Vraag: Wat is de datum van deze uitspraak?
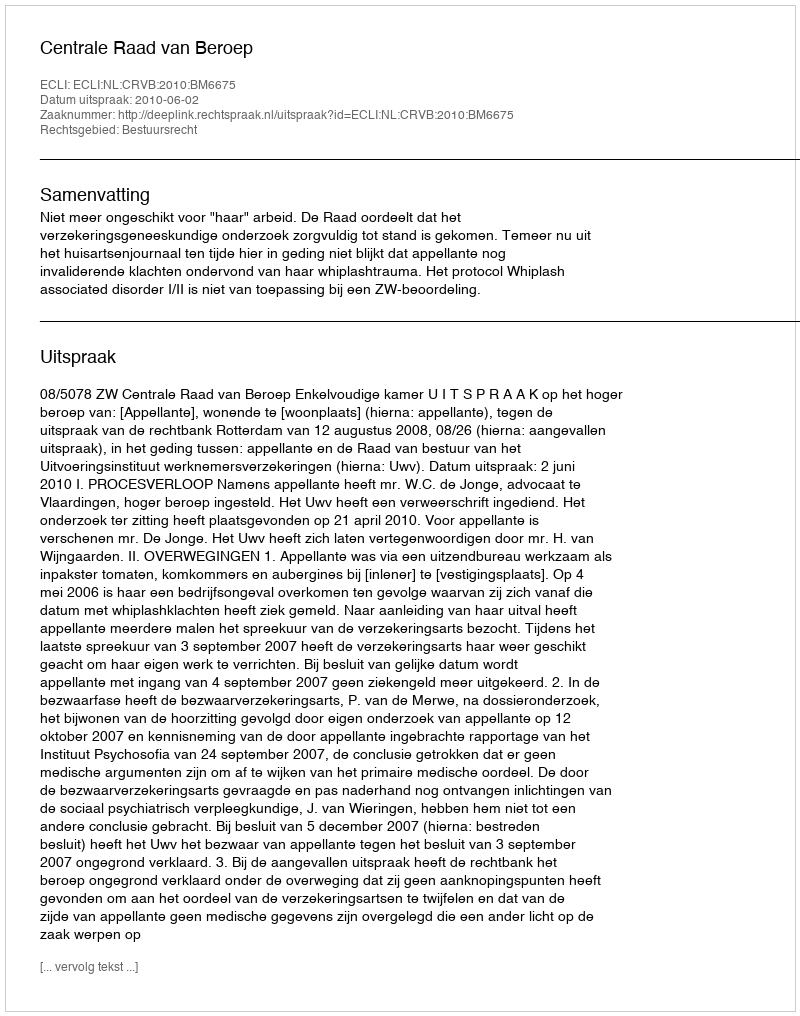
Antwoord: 2010-06-02